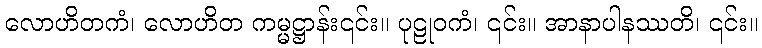
လောဟိတကံ၊ လောဟိတ ကမ္မဋ္ဌာန်း၎င်း။ ပုဠုဝကံ၊ ၎င်း။ အာနာပါနဿတိ၊ ၎င်း။